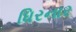
ધિરનાર